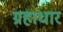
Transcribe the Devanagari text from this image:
ग्रहाधार